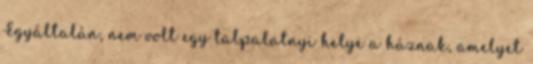
Egyáltalán, nem volt egy talpalatnyi helye a háznak, amelyet